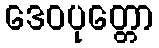
ဒေဝပုတ္တော